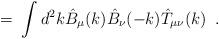
LaTeX: \begin{align*}= \; \int d^2k \hat{B}_\mu(k) \hat{B}_\nu(-k) \hat{T}_{\mu \nu}(k) \; \; .\end{align*}